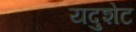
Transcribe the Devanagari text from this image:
यदुशेट